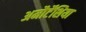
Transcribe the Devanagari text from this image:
अमौर्टेंशिया